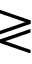
\gtrless